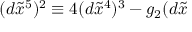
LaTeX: ( d \widetilde { x } ^ { 5 } ) ^ { 2 } \equiv 4 ( d \widetilde { x } ^ { 4 } ) ^ { 3 } - g _ { 2 } ( d \widetilde { x }